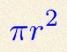
\pi r^2